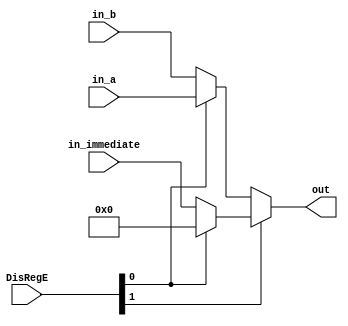
module MuxDisRegEntry(DisRegE, in_b, in_a, in_immediate, out);
	
	input [1:0] DisRegE;
    input [31:0] in_b;
    input [31:0] in_a;
    input [31:0] in_immediate;

    output [31:0] out;

    assign out = DisRegE[1] ? (DisRegE[0] ? 32'd0 : in_immediate) : (DisRegE[0] ? in_a : in_b);
    
endmodule